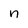
Character: n